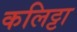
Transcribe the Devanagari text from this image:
कलिट्टा